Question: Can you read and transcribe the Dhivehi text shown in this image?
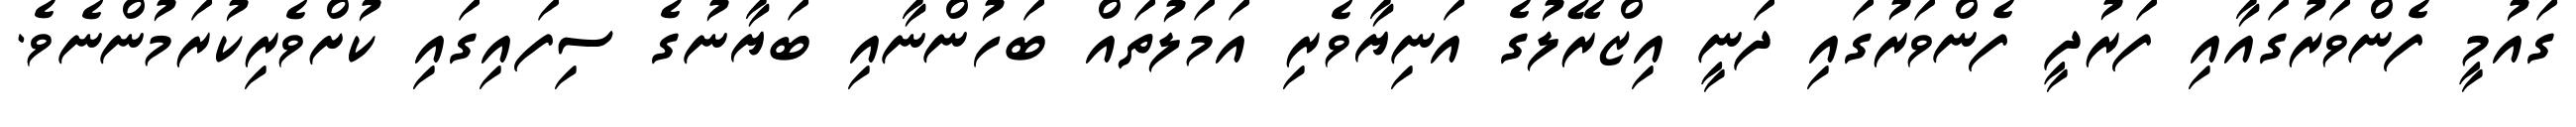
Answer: ގައުމީ ފެންވަރުގައާއި ފަރުދީ ފެންވަރުގައި ދަނީ އިޒްރޭލުގެ އަނިޔާވެރި އަމަލުތައް ބަހުންނާއި ބަޔާނުގެ ސިފައިގައި ކުށްވެރިކުރަމުންނެވެ.